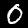
Digit: 0